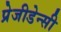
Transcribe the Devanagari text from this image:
प्रेजीडेन्सी